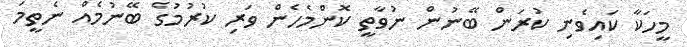
މީހަކާ ކައިވެނި ކުރަން ބޭނުން ނުވާތީ ކޮންމެހެން ވަރި ކުރުމުގެ ބޭނުމެއް ނެތީމަ